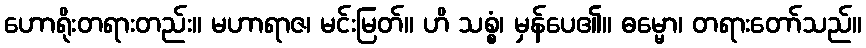
ဟောရိုးတရားတည်း။ မဟာရာဇ၊ မင်းမြတ်။ ဟိ သစ္စံ၊ မှန်ပေ၏။ ဓမ္မော၊ တရားတော်သည်။